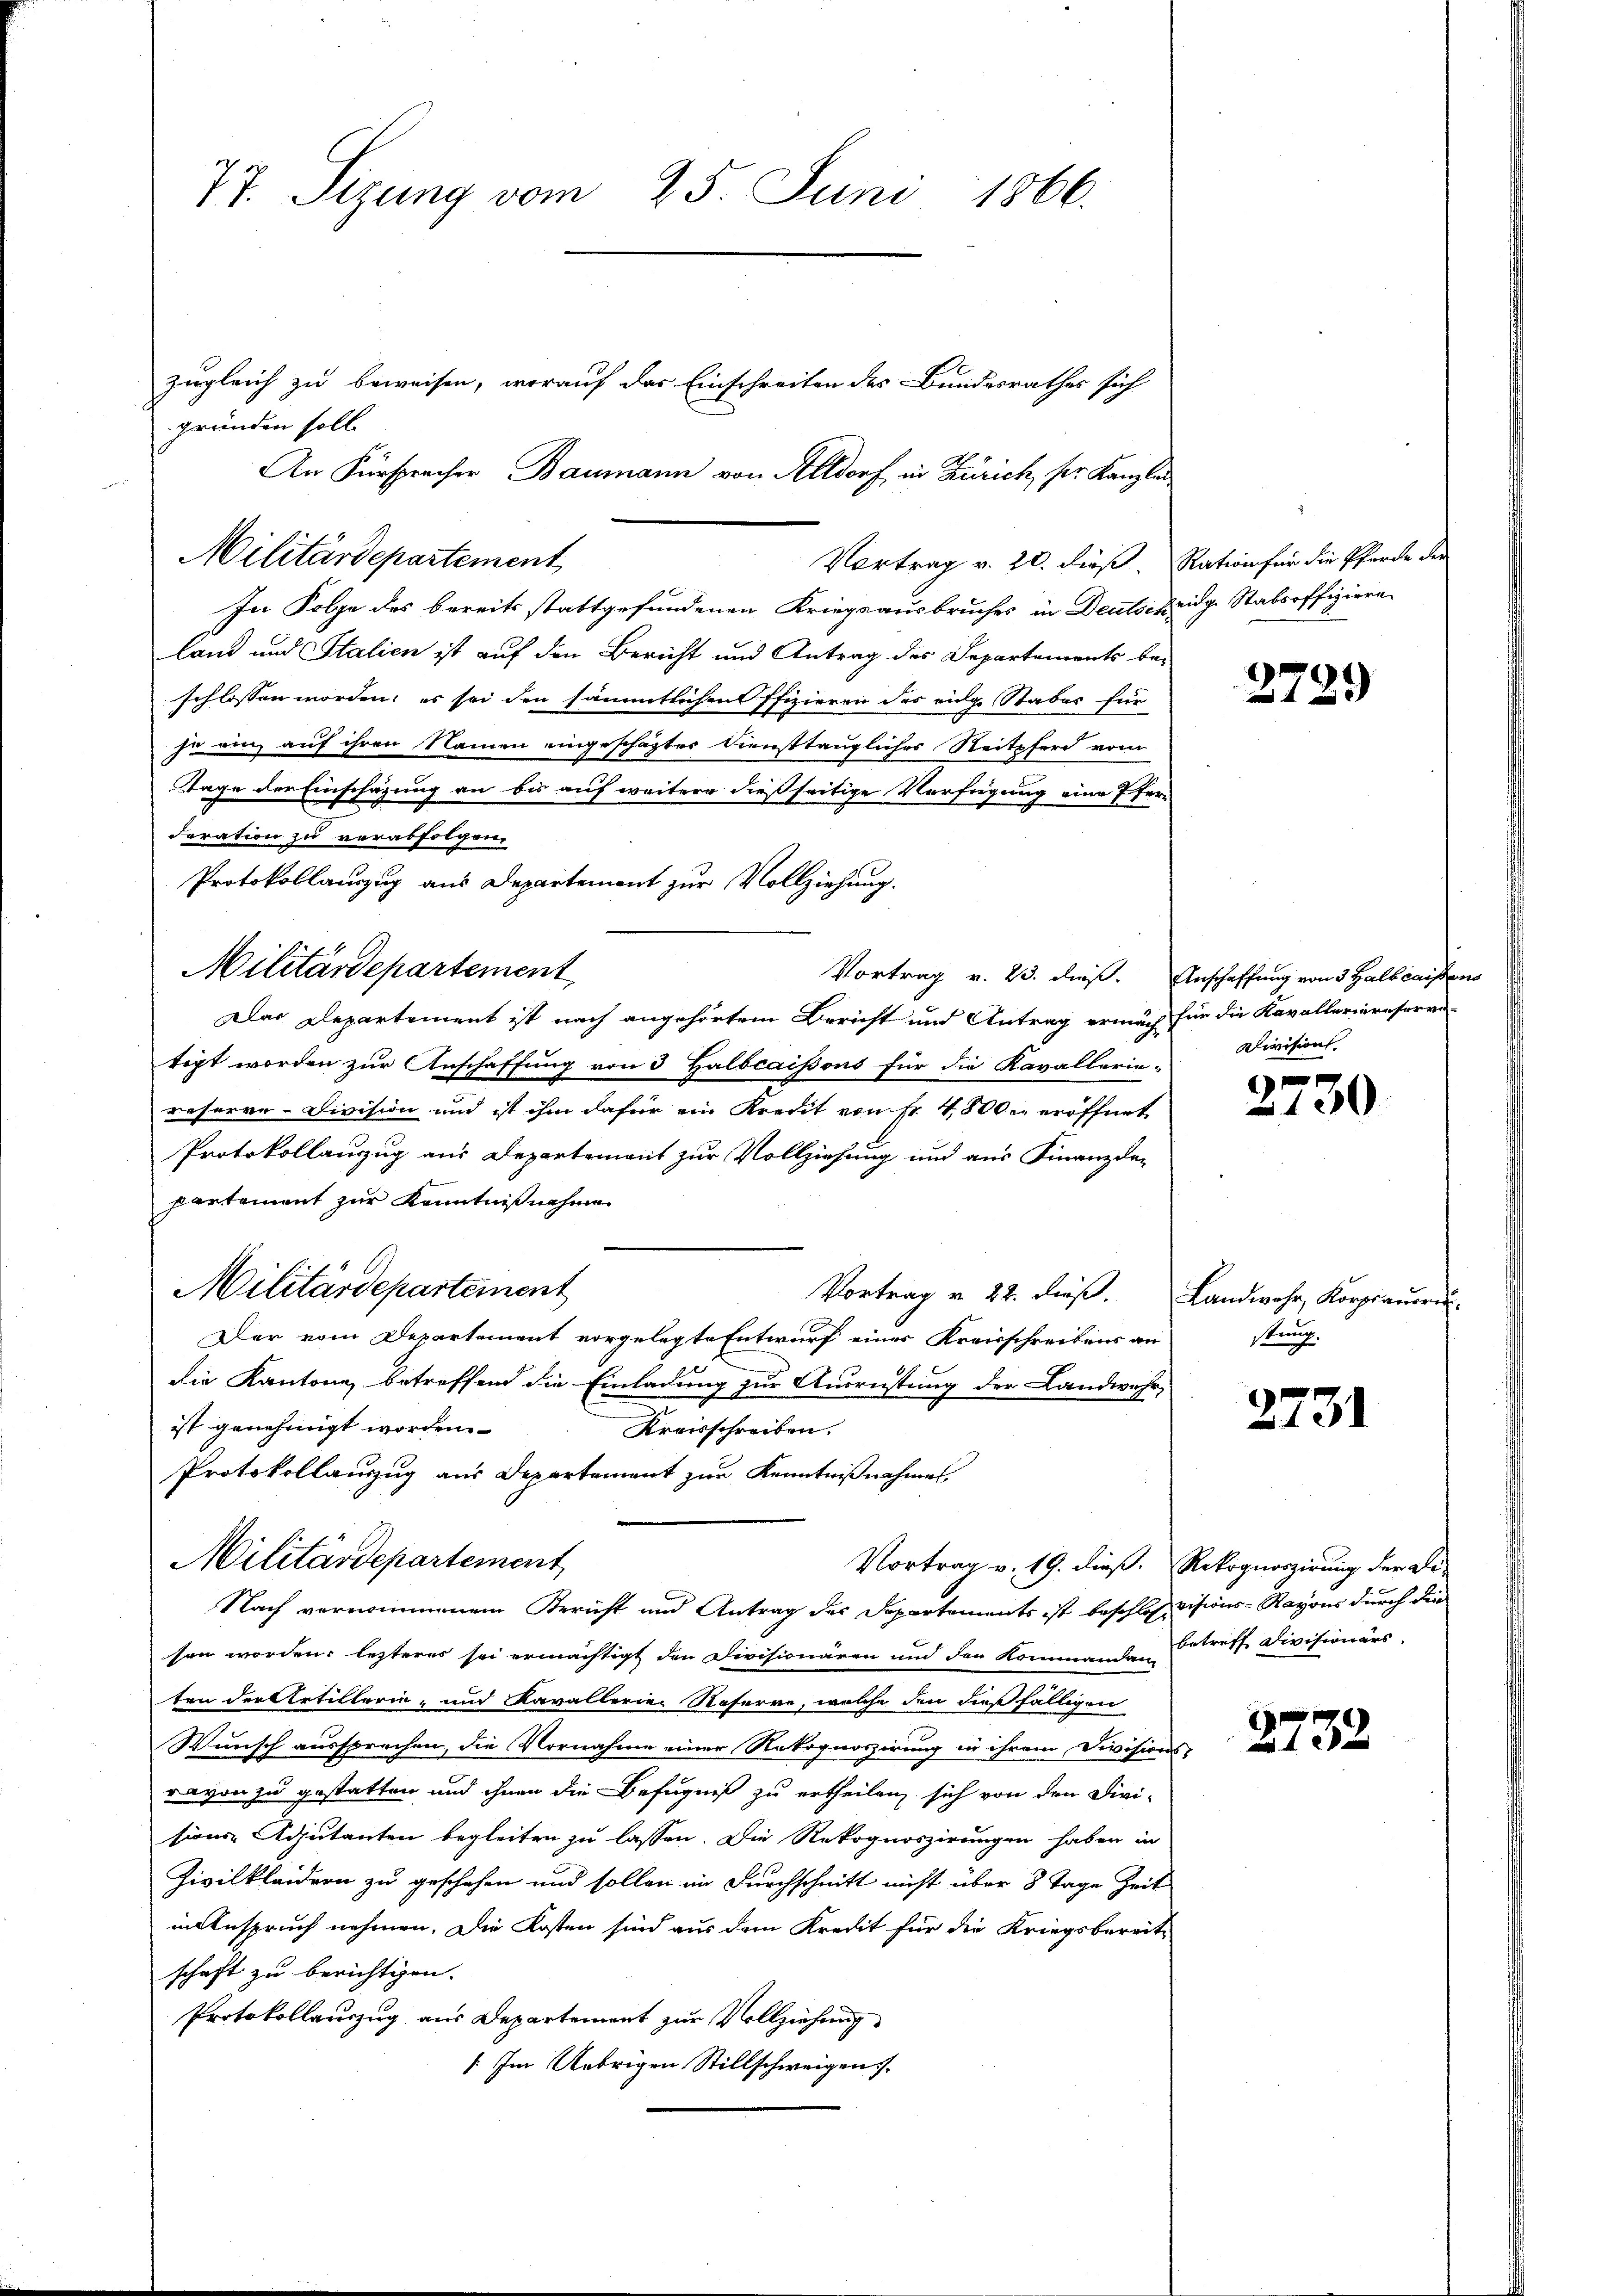
77. Sizung vom 25. Juni 1866.

gründen soll.
Vortrag v. 20. dieß. Ration für die Pferde der
In Folge des bereits stattgefundenen Kriegsausbruches in Deutscheidge Stabsoffiziere
land und Stalien ist auf den Bericht und Antrag des Departements be-
schlossen worden; es sei den sämmtlichen Pfizieren des eidge Stabes für
ja ein auf ihren Namen eingeschäftes Diensttauglicher Reitpferd vom
Tage der Einschazung an bis auf weitere dießseitige Verfügung eine Pfer¬
Foration zu verabfolgen.
Protokollauszug aus Departement zur Vollziehung.
Das Departement ist nach angehörtem Bericht und Antrag ermäch für die Kavalleriereserva-
tigt worden zur Anschaffung von 3 Galbcaissons für die Kavallerie-
reserve-Division und ist ihm dafür ein Kredit von Fr. 4800. eröffnet
Protokollanzug aus Departement zur Vollziehung und aus Finanzda-
partement zur Kenntnißnahme
Militärdepartement
Vortrag u. 22. dieß. Landwehr, Korpianoren
Der vom Departement vorgelegte Entwurf eines Kreisschreibens an
die Kantone, betreffend die Einladung zur Ausrüstung der Landwehr-
e
.
ist genehmigt worden.
Kreisschreiben.
Protokollauszug aus Departement zur Kenntnißnahmes
Militärdepartement
Vortrag v. 19. dieß. Rekognoszirung der Be-
Nach vernommenem Bericht und Antrag des Departements ist beschloss visions-Rayons durch die
sen worden; letzteres sei ermächtigt den Divisionären und den Kommanden Betreff Divisionärs
ten der Artillerin- und Kavallerie-Reserre, welche den dießfälligen
Wunsch aussprechen, die Vornahme einer Rekognoszirung in ihrem Divisions-
ravon zu gestatten und ihnen die Befugniß zu ertheilen, sich von den Divi-
sions-Adjutanten begleiten zu lassen. Die Rekognoszirungen haben in
Zivilkleidern zu geschehen und sollen im Durchschnitt nicht über 8 Tage Zeit
in Anspruch nehmen. Die Kosten sind aus dem Kredit für die Kriegsbereit-
schaft zu berichtigen.
Protokollauszug aus Departement zur Vollziehung
/: Im Uebrigen Stillschweigen.

Militärdepartement

Militärdepartement

zugleich zu beweisen, worauf das Einschreiten des Bundesrathes sich
An Fürspracher Baumann von Altdorf in Zürich, ser Kanzlei

2789

Vortrag v. 23. dieß. Anschaffung von 3 Halbinistens
Rlivision.

2730.

stung.

2731

2732